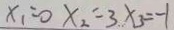
x _ { 1 } = 0 x _ { 2 } = 3 x _ { 3 } = - 1